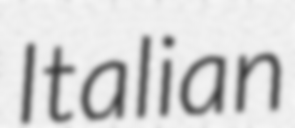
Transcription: Italian